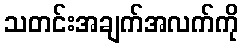
သတင်းအချက်အလက်ကို